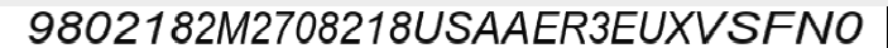
9802182M2708218USAAER3EUXVSFN0